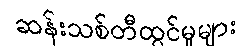
ဆန်းသစ်တီထွင်မှုများ